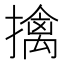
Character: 擒